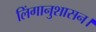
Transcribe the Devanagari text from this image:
लिंगानुशासन।